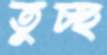
তুচ্ছ